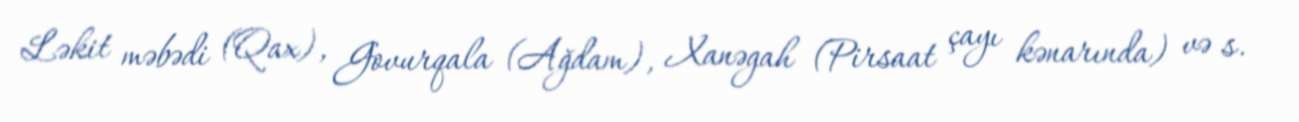
Ləkit məbədi (Qax), Govurqala (Ağdam), Xanəgah (Pirsaat çayı kənarında) və s.